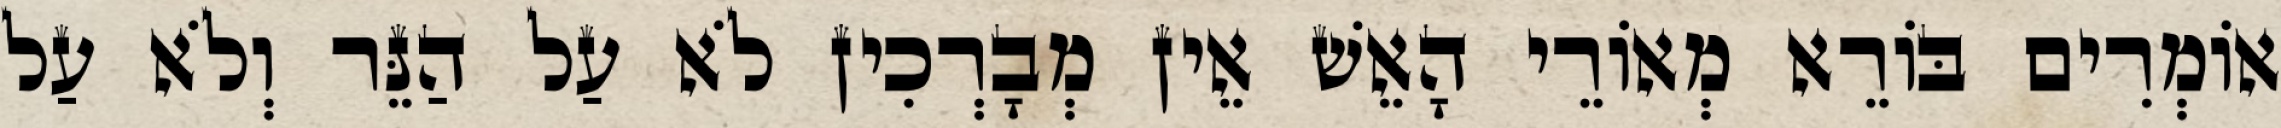
אוֹמְרִים בּוֹרֵא מְאוֹרֵי הָאֵשׁ אֵין מְבָרְכִין לֹא עַל הַנֵּר וְלֹא עַל